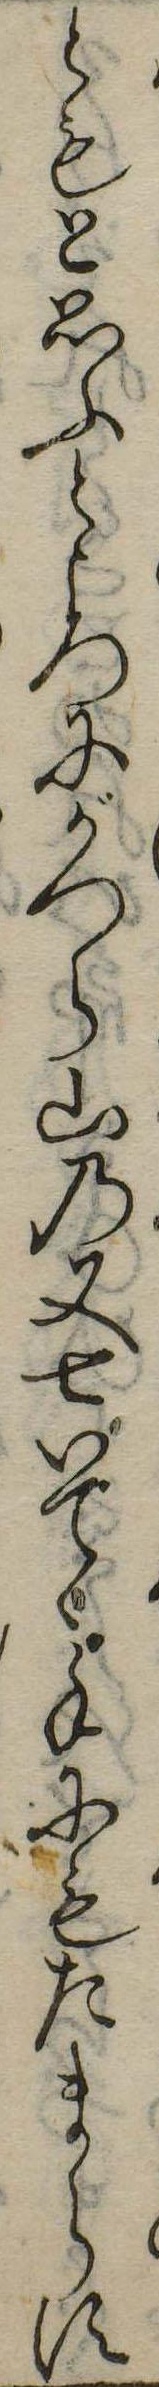
ともと思ふところにがつら山の又七いでゝ手にもたまらす